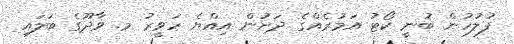
ފުލުހުން ބުނީ ކޯޓު އަމުރެއްގެ ދަށުން އިއްޔެ ހަވީރު މ. ވާދޫގެ ބަލައި